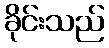
ခိုင်းသည်